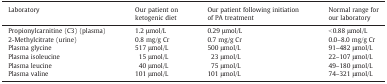
<table><thead><tr><td><b>Laboratory</b></td><td><b>Our patient on ketogenic diet</b></td><td><b>Our patient following initiation of PA treatment</b></td><td><b>Normal range for our laboratory</b></td></tr></thead><tbody><tr><td>Propionylcarnitine (C3) (plasma)</td><td>1.2 μmol/L</td><td>0.29 μmol/L</td><td>&lt; 0.88 μmol/L</td></tr><tr><td>2-Methylcitrate (urine)</td><td>0.8 mg/g Cr</td><td>0.7 mg/g Cr</td><td>0.0–8.0 mg/g Cr</td></tr><tr><td>Plasma glycine</td><td>517 μmol/L</td><td>500 μmol/L</td><td>91–482 μmol/L</td></tr><tr><td>Plasma isoleucine</td><td>15 μmol/L</td><td>23 μmol/L</td><td>22–107 μmol/L</td></tr><tr><td>Plasma leucine</td><td>40 μmol/L</td><td>75 μmol/L</td><td>49–180 μmol/L</td></tr><tr><td>Plasma valine</td><td>101 μmol/L</td><td>101 μmol/L</td><td>74–321 μmol/L</td></tr></tbody></table>